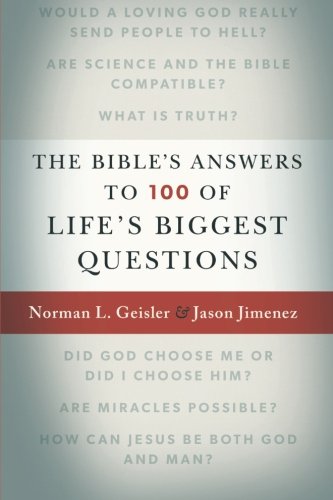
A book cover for The Bible's Answers to 100 of Life's Biggest Questions; Norman L. Geisler; Reference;